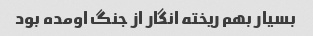
بسیار بهم ریخته انگار از جنگ اومده بود